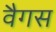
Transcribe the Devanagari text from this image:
वैगस